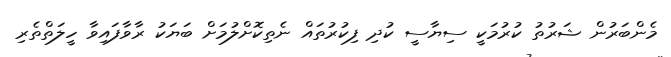
މެންބަރުން ޝަރުތު ކުރުމަކީ ސިޔާސީ ކުދި ފިކުރުތައް ނެތިކޮށްލުމަށް ބަޔަކު ރާވާފައިވާ ހީލަތްތެރި